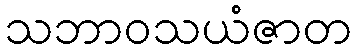
သဘာဝသယံဇာတ